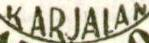
KARJALAN